King Institute of Preventive Medicine Bacteriolog. Section reports 1907-08
Year: 1907
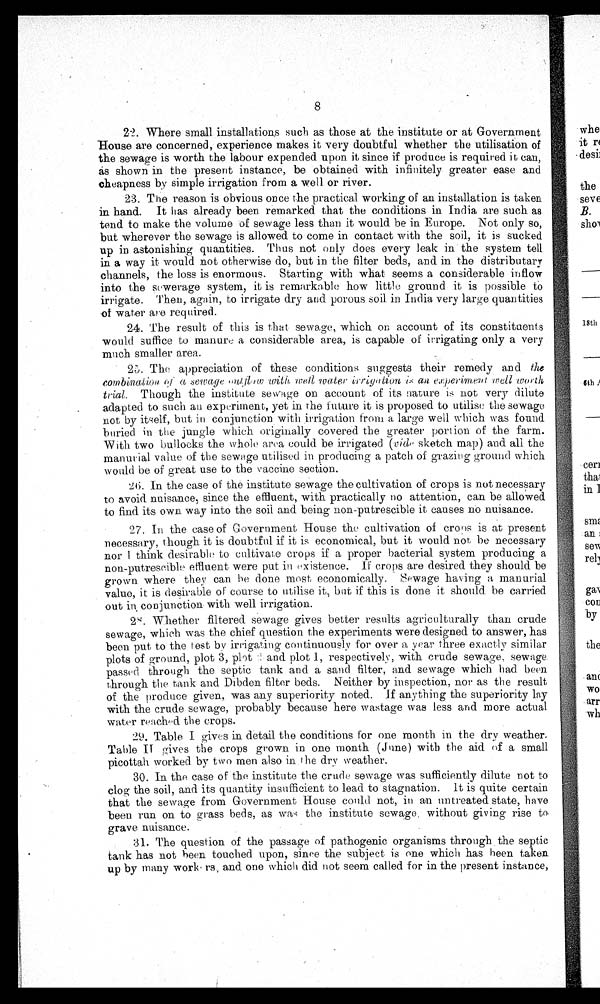
8
22. Where small installations such as those at the institute or at Government
House are concerned, experience makes it very doubtful whether the utilisation of
the sewage is worth the labour expended upon it since if produce is required it can,
as shown in the present instance, be obtained with infinitely greater ease and
cheapness by simple irrigation from a well or river.
23. The reason is obvious once the practical working of an installation is taken
in hand. It has already been remarked that the conditions in India are such as
tend to make the volume of sewage less than it would be in Europe. Not only so,
but wherever the sewage is allowed to come in contact with the soil, it is sucked
up in astonishing quantities. Thus not only does every leak in the system tell
in a way it would not otherwise do, but in the filter beds, and in the distributary
channels, the loss is enormous. Starting with what seems a considerable inflow
into the sewerage system, it is remarkable how little ground it is possible to
irrigate. Then, again, to irrigate dry and porous soil in India very large quantities
of water are req uired.
24. The result of this is that sewage, which on. account of its constituents
would suffice to manure a considerable area, is capable of irrigating only a very
much smaller area.
25. The appreciation of these conditions suggests their remedy and the
combination of a sewage outflow with, wells water irrigation is au experimant wells worth
trial.Though the institute sewage on account of its nature is not very dilute
adapted to such an experiment, yet in the future it i s proposed to utilise the sewage
not by itself, but in conjunction with irrigation from a large well which was found
buried in the jungle which originally covered the greater portion of the farm.
With two bullocks the whole area could be irrigated (vide sketch map) and all the
manurial value of the sewage utilised in producing a patch of grazing ground which
would be of great use to the vaccine section.
26. In the case of the institute sewage the cultivation of crops is not necessary
to avoid nuisance, since the effluent, with practically no attention, can be allowed
to find its own way into the soil and being non-putrescible it causes no nuisance.
27. In the case of Government House the cultivation of crops is at present
necessary, though it is doubtful if it is economical, but it would not, be necessary
n o r I t h i n k d e s i r a b l e t o c u l t i v a t e c r o p s i f a p r o p e r b a c t e r i a l s y s t e m p r o d u c i n g a
non-putrescible effluent were put in existence. if crops are desired they should be
grown where the y can he done most economically. sewage having a manurial
value, it is desirable of course to utilise it, but if this is done it should be carried
out in conjunction with well irrigation.
28. Whether filtered sewage gives better results agriculturally than crude
sewage, which was the chief question the experiments were designed to answer, has
been put to the test by irrigating continuously for over a year three exactly similar
plots of ground, plot 3, plot and plot 1, respectively, with crude sewage, sewage
passed through the septic tank and a sand filter, and sewage which had been
through the tank and Dibden filter beds. Neither by inspection, nor as the result
of the produce given, was any superiority noted. if anything the superiority lay
with the crude sewage, probably because here wastage was less and more actual
water reached the crops.
29. Table I gives in detail the conditions for one month in the dry weather.
Table II gives the crops grown in one month (June) with the aid of a small
picottah worked by two men also in the dry weather.
30. In the case of the institute the crude sewage was sufficiently dilute not to
clog the soil, and its quantity insufficient to lead to stagnation. It is quite certain
that the sewage from Government House could not, in an untreated state, have
been run on to grass beds, as was the institute sewage, without giving rise to
grave nuisance.
31. The question of the passage of pathogenic organisms through the septic
tank has not been touched upon, since the . subject is one which has been taken
up by many workers and one which did not seem called for in the present instance,